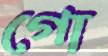
গো